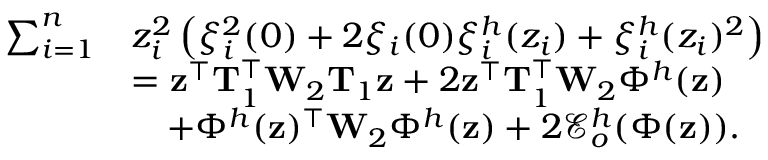
\begin{array} { r l } { \sum _ { i = 1 } ^ { n } } & { z _ { i } ^ { 2 } \left( \xi _ { i } ^ { 2 } ( 0 ) + 2 \xi _ { i } ( 0 ) \xi _ { i } ^ { h } ( z _ { i } ) + \xi _ { i } ^ { h } ( z _ { i } ) ^ { 2 } \right) } \\ & { = \mathbf { z } ^ { \top } \mathbf { T } _ { 1 } ^ { \top } \mathbf { W } _ { 2 } \mathbf { T } _ { 1 } \mathbf { z } + 2 \mathbf { z } ^ { \top } \mathbf { T } _ { 1 } ^ { \top } \mathbf { W } _ { 2 } \Phi ^ { h } ( \mathbf { z } ) } \\ & { \quad + \Phi ^ { h } ( \mathbf { z } ) ^ { \top } \mathbf { W } _ { 2 } \Phi ^ { h } ( \mathbf { z } ) + 2 \mathcal { E } _ { o } ^ { h } ( \Phi ( \mathbf { z } ) ) . } \end{array}